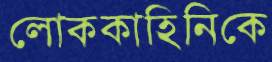
লোককাহিনিকে